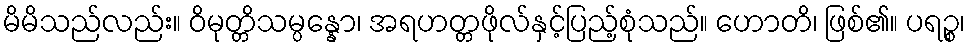
မိမိသည်လည်း။ ဝိမုတ္တိသမ္ပန္နော၊ အရဟတ္တဖိုလ်နှင့်ပြည့်စုံသည်။ ဟောတိ၊ ဖြစ်၏။ ပရဉ္စ၊